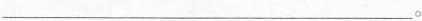
___。